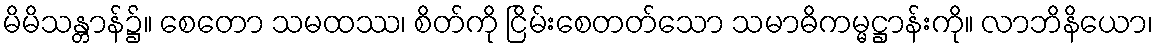
မိမိသန္တာန်၌။ စေတော သမထဿ၊ စိတ်ကို ငြိမ်းစေတတ်သော သမာဓိကမ္မဋ္ဌာန်းကို။ လာဘိနိယော၊